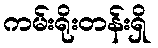
ကမ်းရိုးတန်းရှိ